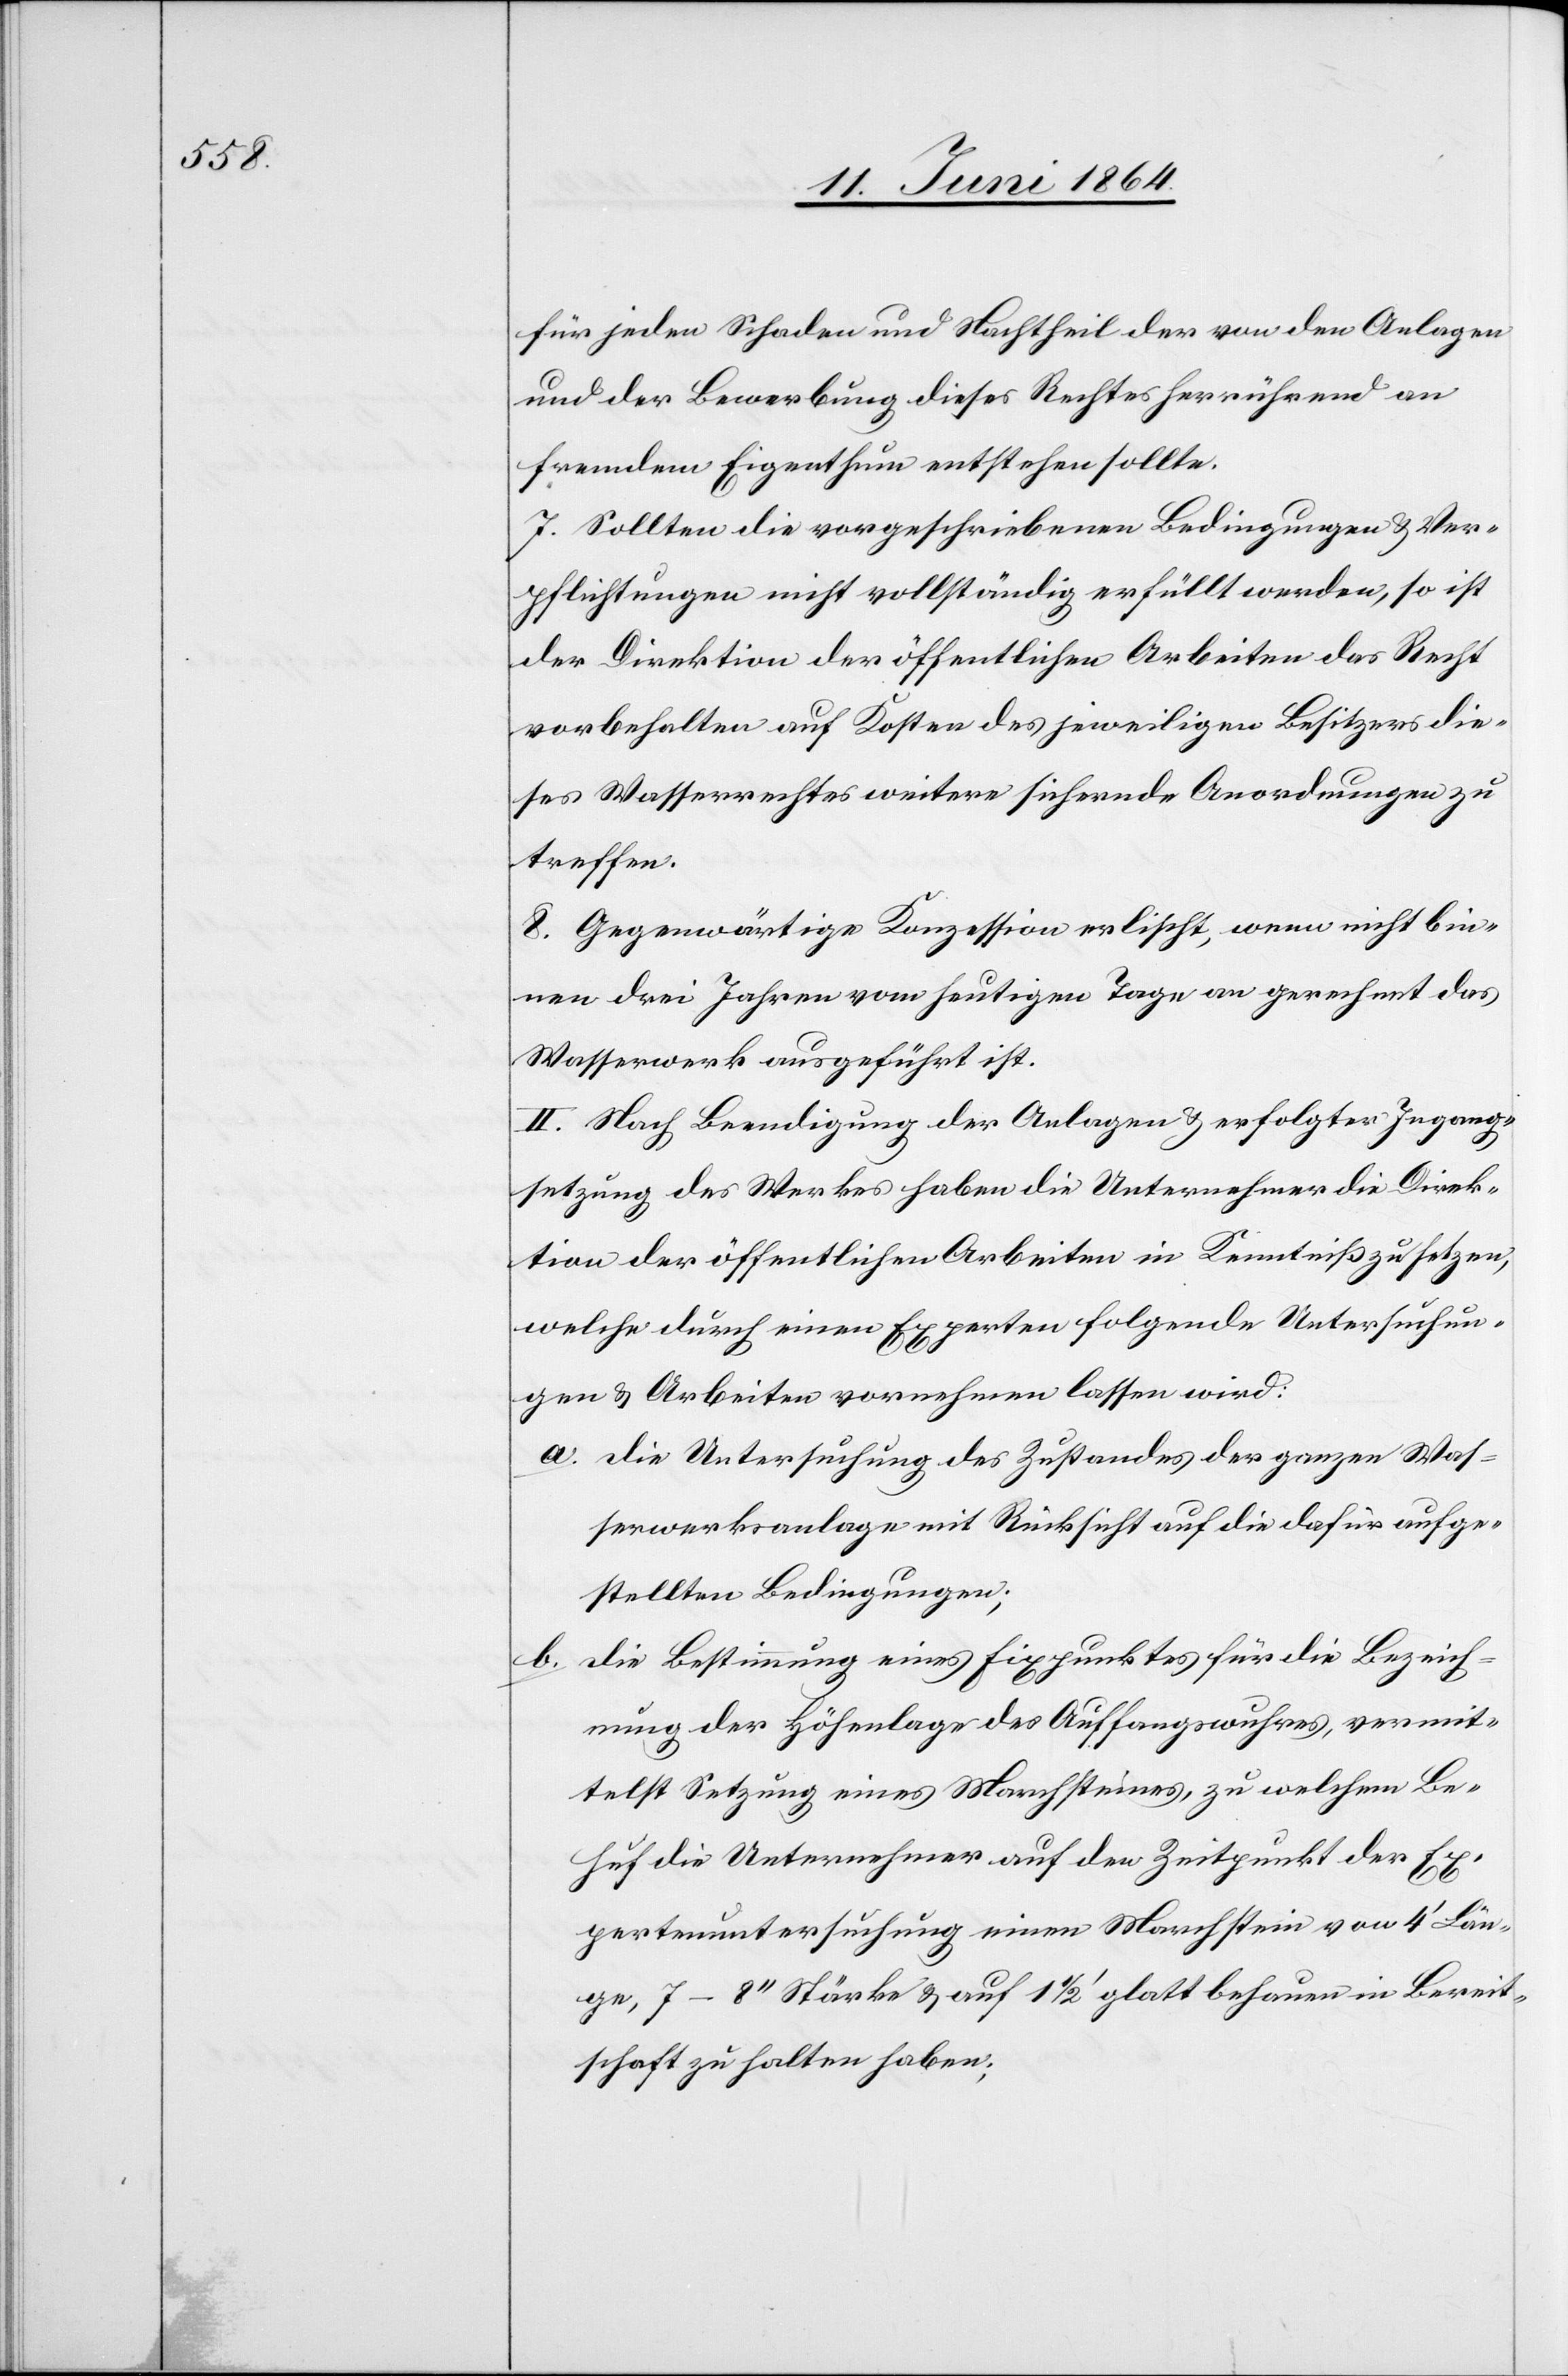
für jeden Schaden und Nachtheil der von den Anlagen
und der Bewerbung dieses Rechtes herrührend an
fremdem Eigenthum entstehen sollte.
7. Sollten die vorgeschriebenen Bedingungen u. Ver¬
pflichtungen nicht vollständig erfüllt werden, so ist
der Direktion der öffentlichen Arbeiten das Recht
vorbehalten auf Kosten des jeweiligen Besitzers die¬
ses Wasserrechtes weitere sichernde Anordnungen zu
treffen.
8. Gegenwärtige Konzession erlischt, wenn nicht bin¬
nen drei Jahren vom heutigen Tage an gerechnet das
Wasserwerk ausgeführt ist.
II. Nach Beendigung der Anlagen u. erfolgter Ingang¬
setzung des Werkes haben die Unternehmer die Direk¬
tion der öffentlichen Arbeiten in Kenntniß zu setzen,
welche durch einen Experten folgende Untersuchun¬
gen u. Arbeiten vornehmen lassen wird:
a. Die Untersuchung des Zustandes der ganzen Was¬
serwerksanlage mit Rücksicht auf die dafür aufge¬
stellten Bedingungen;
die Bestimmung eines Fixpunktes für die Bezeich¬
b.
nung der Höhenlage des Auffangwuhres, vermit¬
telst Setzung eines Marchsteines, zu welchem Be¬
huf die Unternehmer auf den Zeitpunkt der Ex¬
pertenuntersuchung einen Marchstein von 4’ Län¬
ge, 7–8’’ Stärke u. auf 1 1/2’ glatt behauen in Bereit¬
schaft zu halten haben;